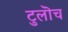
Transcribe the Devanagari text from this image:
टुलॊच